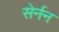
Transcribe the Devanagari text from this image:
सेर्नन